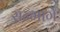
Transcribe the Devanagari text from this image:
सन्मार्गे